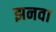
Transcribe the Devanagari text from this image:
झनवा